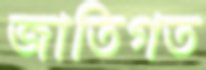
জাতিগত